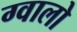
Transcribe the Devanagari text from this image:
ग्‍वालो